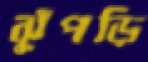
ঝুঁপড়ি